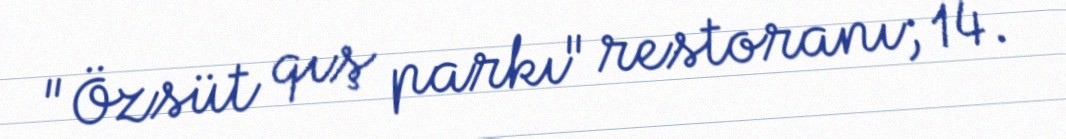
"Özsüt qış parkı" restoranı; 14.